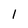
Character: l